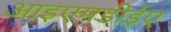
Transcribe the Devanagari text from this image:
आइएमडीईए